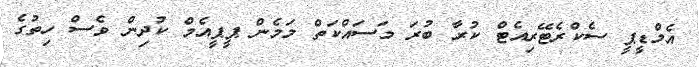
އެމްޑީޕީ ސެކްރެޓޭރިއެޓް ކުރާ ބުރަ މަސައްކަތް މަމެން ޕީޕީއެމް ކުދިން ވެސް ހިތުގެ